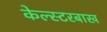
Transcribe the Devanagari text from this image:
केल्स्टरबाख